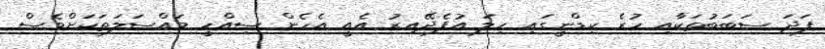
ފަދަ ސަބަބުތަކާއި ހުރެ ކިޑްނީގައި ހިލަ އުފެދޭއިރު އެއީ އެހެން ސިއްހީ މައްސަލަތަކަށްވެސް